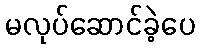
မလုပ်ဆောင်ခဲ့ပေ